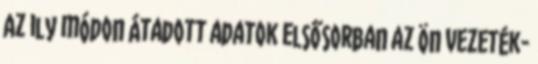
Az ily módon átadott adatok elsősorban az Ön vezeték-